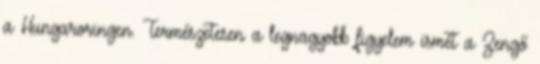
a Hungaroringen. Természetesen a legnagyobb figyelem ismét a Zengő